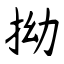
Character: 拗